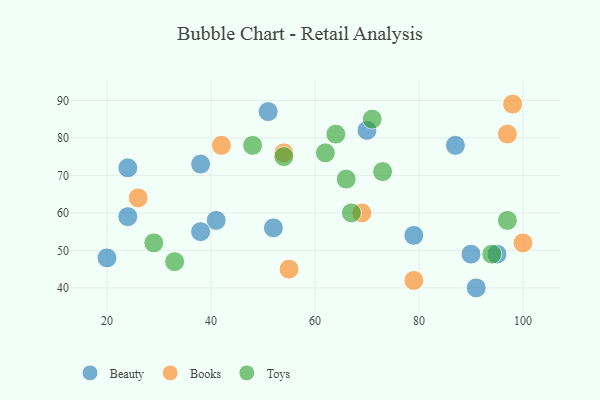
{"axis": {"x": "GDP", "y": "Life Expectancy"}, "legend": ["Beauty", "Books", "Toys"], "data": [{"x": "51", "y": 87, "type": "Beauty"}, {"x": "24", "y": 59, "type": "Beauty"}, {"x": "79", "y": 54, "type": "Beauty"}, {"x": "24", "y": 72, "type": "Beauty"}, {"x": "87", "y": 78, "type": "Beauty"}, {"x": "38", "y": 73, "type": "Beauty"}, {"x": "70", "y": 82, "type": "Beauty"}, {"x": "91", "y": 40, "type": "Beauty"}, {"x": "41", "y": 58, "type": "Beauty"}, {"x": "52", "y": 56, "type": "Beauty"}, {"x": "20", "y": 48, "type": "Beauty"}, {"x": "95", "y": 49, "type": "Beauty"}, {"x": "38", "y": 55, "type": "Beauty"}, {"x": "90", "y": 49, "type": "Beauty"}, {"x": "100", "y": 52, "type": "Books"}, {"x": "54", "y": 76, "type": "Books"}, {"x": "97", "y": 81, "type": "Books"}, {"x": "69", "y": 60, "type": "Books"}, {"x": "55", "y": 45, "type": "Books"}, {"x": "79", "y": 42, "type": "Books"}, {"x": "26", "y": 64, "type": "Books"}, {"x": "42", "y": 78, "type": "Books"}, {"x": "98", "y": 89, "type": "Books"}, {"x": "48", "y": 78, "type": "Toys"}, {"x": "62", "y": 76, "type": "Toys"}, {"x": "73", "y": 71, "type": "Toys"}, {"x": "29", "y": 52, "type": "Toys"}, {"x": "54", "y": 75, "type": "Toys"}, {"x": "97", "y": 58, "type": "Toys"}, {"x": "64", "y": 81, "type": "Toys"}, {"x": "33", "y": 47, "type": "Toys"}, {"x": "66", "y": 69, "type": "Toys"}, {"x": "67", "y": 60, "type": "Toys"}, {"x": "71", "y": 85, "type": "Toys"}, {"x": "94", "y": 49, "type": "Toys"}]}